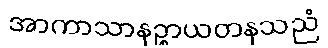
အာကာသာနဉ္စာယတနသညံ